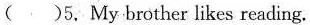
( )5, My brother likes reading.